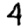
Digit: 4